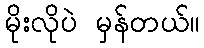
မိုးလိုပဲ မှန်တယ်။